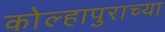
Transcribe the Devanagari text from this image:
कोल्हापुराच्या